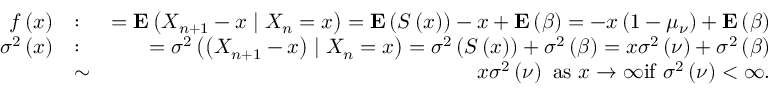
\begin{array} { r l r } { f \left( x \right) } & { : } & { = { \bf E } \left( X _ { n + 1 } - x \mid X _ { n } = x \right) = { \bf E } \left( S \left( x \right) \right) - x + { \bf E } \left( \beta \right) = - x \left( 1 - \mu _ { \nu } \right) + { \bf E } \left( \beta \right) } \\ { \sigma ^ { 2 } \left( x \right) } & { : } & { = \sigma ^ { 2 } \left( \left( X _ { n + 1 } - x \right) \mid X _ { n } = x \right) = \sigma ^ { 2 } \left( S \left( x \right) \right) + \sigma ^ { 2 } \left( \beta \right) = x \sigma ^ { 2 } \left( \nu \right) + \sigma ^ { 2 } \left( \beta \right) } \\ & { \sim } & { x \sigma ^ { 2 } \left( \nu \right) \mathrm { ~ a s ~ } x \rightarrow \infty \mathrm { i f ~ } \sigma ^ { 2 } \left( \nu \right) < \infty . } \end{array}